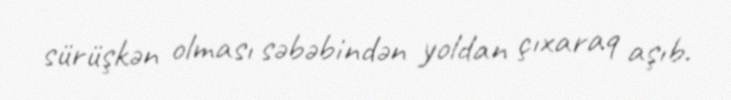
sürüşkən olması səbəbindən yoldan çıxaraq aşıb.